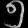
Digit: ၅